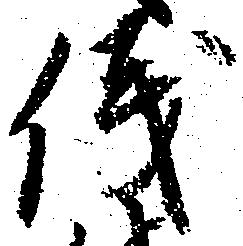
儀